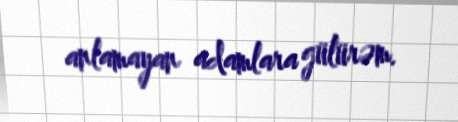
anlamayan adamlara gülürəm.